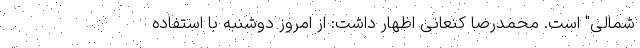
شمالی" است. محمدرضا کنعانی اظهار داشت: از امروز دوشنبه با استفاده